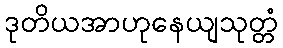
ဒုတိယအာဟုနေယျသုတ္တံ